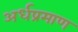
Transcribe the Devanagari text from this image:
अर्धप्रमाण